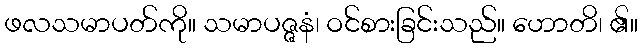
ဖလသမာပတ်ကို။ သမာပဇ္ဇနံ၊ ဝင်စားခြင်းသည်။ ဟောတိ၊ ၏။